King Institute of Preventive Medicine Bacteriolog. Section reports 1907-08
Year: 1907
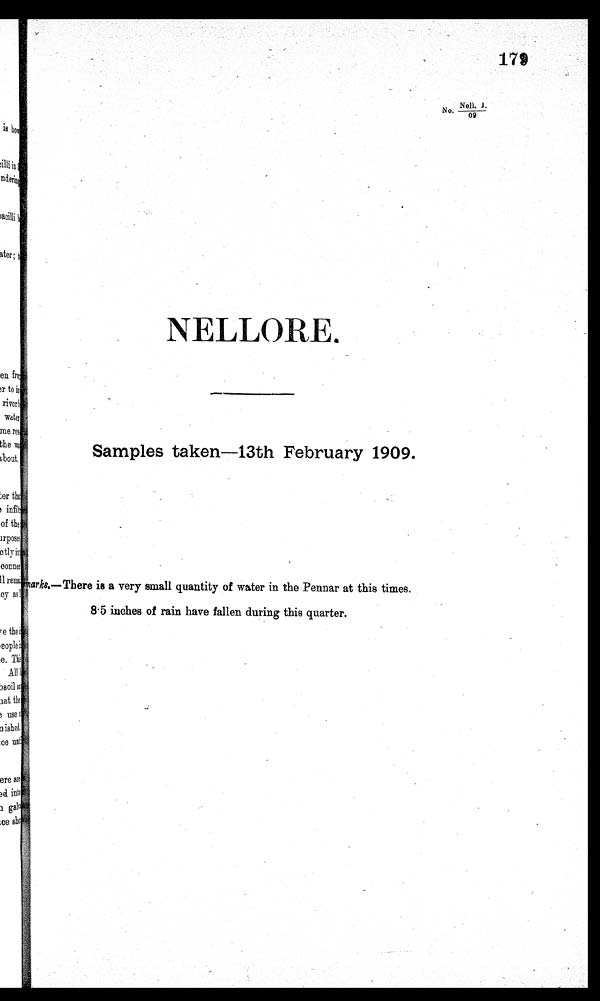
1 7 9
NELLOR
E.
Samples taken—13th February 1909.
Remarks.—There is a very small quantity of water in the Pennar at this
times.
8·5 inches of rain have fallen during this quarter.